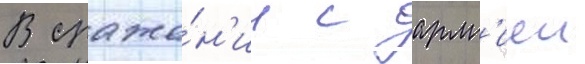
В сраже́н'ии с арм'иеи